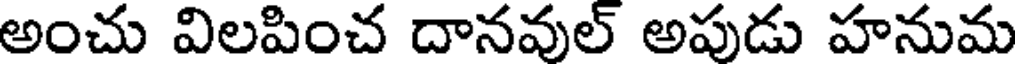
అంచు విలపించ దానవుల్ అపుడు హనుమ